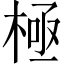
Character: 極